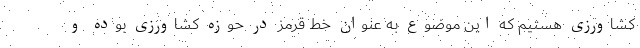
کشاورزی هستیم که این موضوع به عنوان خط قرمز در حوزه کشاورزی بوده و